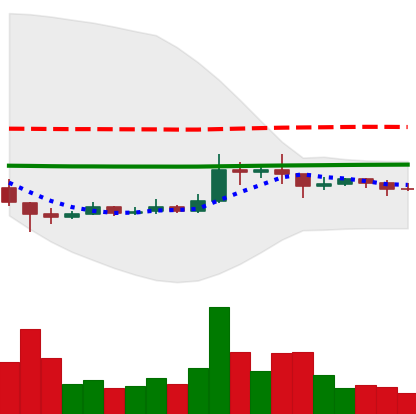
Ticker: XRP-USD
Chart end date: 2021-01-16
Forward return: -4.012%
Label: down_3_5